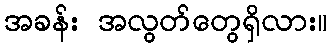
အခန်း အလွတ်တွေရှိလား။